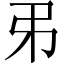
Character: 𢎨